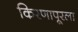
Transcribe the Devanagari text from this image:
किरणापूरला